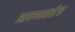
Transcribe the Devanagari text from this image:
आपणाकडेच